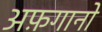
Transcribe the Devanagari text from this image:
अफ़गानो